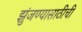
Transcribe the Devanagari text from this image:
झुंजण्यासाठीची